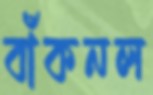
বাঁকনল